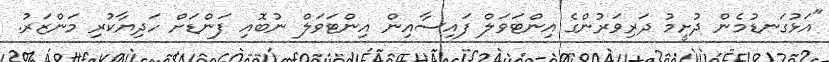
"އަޅުގަނޑުމެން ދުށީމު ދަރިވަރުންގެ އިންޓަވަލް ފައިސާއިން އިންޓަވަލް ނުބޮއި ފަންޑަށް ހަދިޔާކުރި މަންޒަރު.